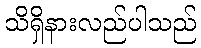
သိရှိနားလည်ပါသည်